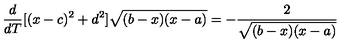
\frac { d } { d T } [ ( x - c ) ^ { 2 } + d ^ { 2 } ] \sqrt { ( b - x ) ( x - a ) } = - \frac { 2 } { \sqrt { ( b - x ) ( x - a ) } }